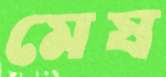
মেষ